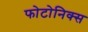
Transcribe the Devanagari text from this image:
फोटोनिक्स